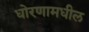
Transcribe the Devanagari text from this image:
धोरणामधील